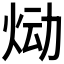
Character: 𰞉